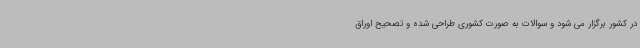
در کشور برگزار می شود و سوالات به صورت کشوری طراحی شده و تصحیح اوراق